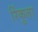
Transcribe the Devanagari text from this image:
रिंकुला